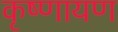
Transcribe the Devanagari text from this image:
कृष्णायण